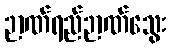
ဉာဏ်ရည်ဉာဏ်သွေး